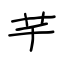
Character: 芊